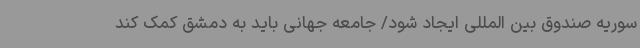
سوریه صندوق بین المللی ایجاد شود/ جامعه جهانی باید به دمشق کمک کند